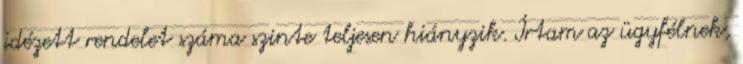
idézett rendelet száma szinte teljesen hiányzik. Írtam az ügyfélnek,